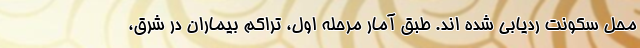
محل سکونت ردیابی شده اند. طبق آمار مرحله اول، تراکم بیماران در شرق،